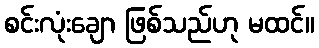
စင်းလုံးချော ဖြစ်သည်ဟု မထင်။